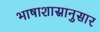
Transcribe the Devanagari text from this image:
भाषाशास्रानुसार